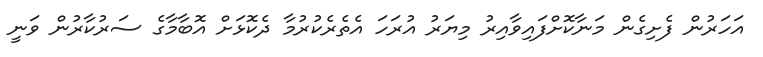
އަހަރުން ފެށިގެން މަނާކޮށްފައިވާއިރު މިޔަރު އުރަހަ އެތެރެކުރުމާ ދެކޮޅަށް އޮބާމާގެ ސަރުކާރުން ވަނީ